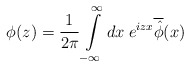
\begin{align*}\phi(z)=\frac {1} {2\pi}\int\limits_{-\infty}^{\infty}dx\;e^{izx}\overline{\hat{\phi}}(x)\end{align*}